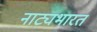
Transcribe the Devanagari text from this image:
नाट्यभारत